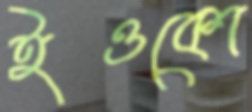
ইওকো